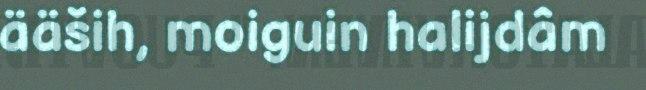
ääših, moiguin halijdâm